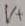
Text: V+